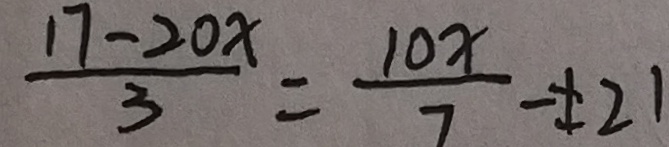
\frac { 1 7 - 2 0 x } { 3 } = \frac { 1 0 x } { 7 } - \neq 2 1